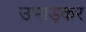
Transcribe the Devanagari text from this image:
उभाड़कर